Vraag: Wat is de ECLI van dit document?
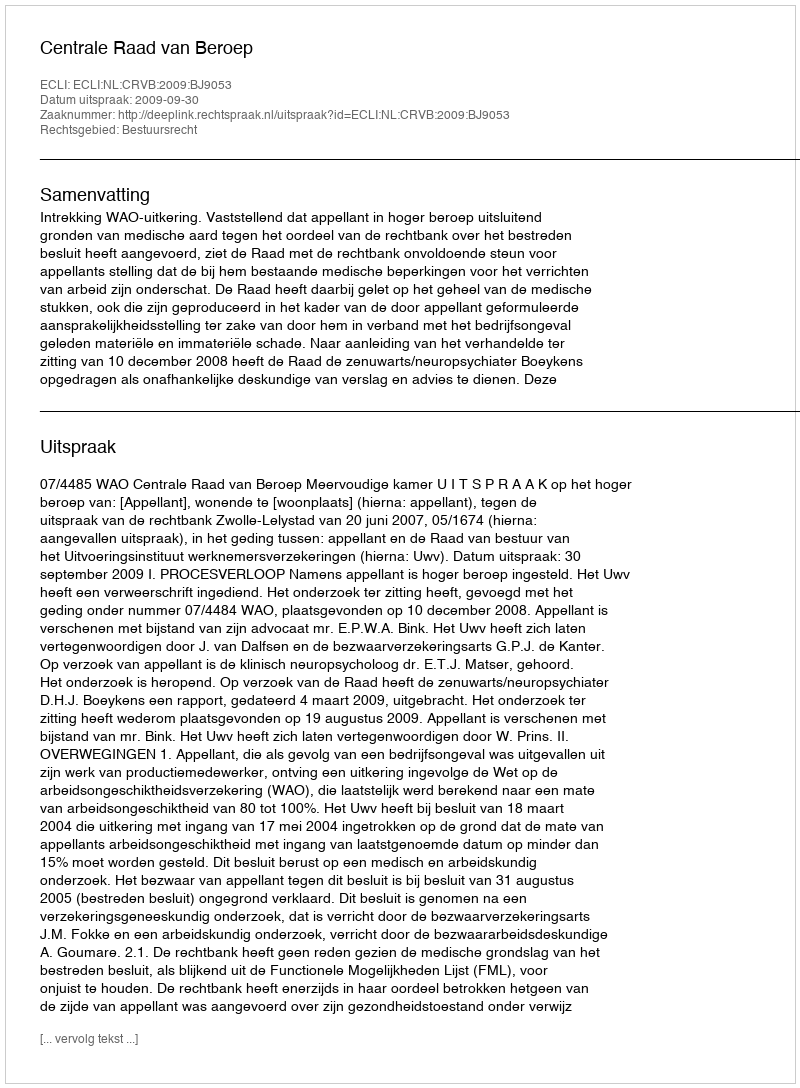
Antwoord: ECLI:NL:CRVB:2009:BJ9053